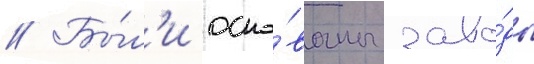
// Бы́л'и осно́ваны заво́ды